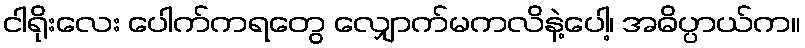
ငါရိုးလေး ပေါက်ကရတွေ လျှောက်မကလိနဲ့ပေါ့၊ အဓိပ္ပာယ်က။